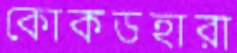
কোকডহারা